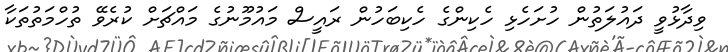
ވިދާޅުވީ ދައުލަތުން ހުށަހެޅި ހެކިންގެ ހެކިބަހުން ރައީސް މައުމޫނުގެ މައްޗަށް ކުރެވޭ ތުހްމަތުތަކާ